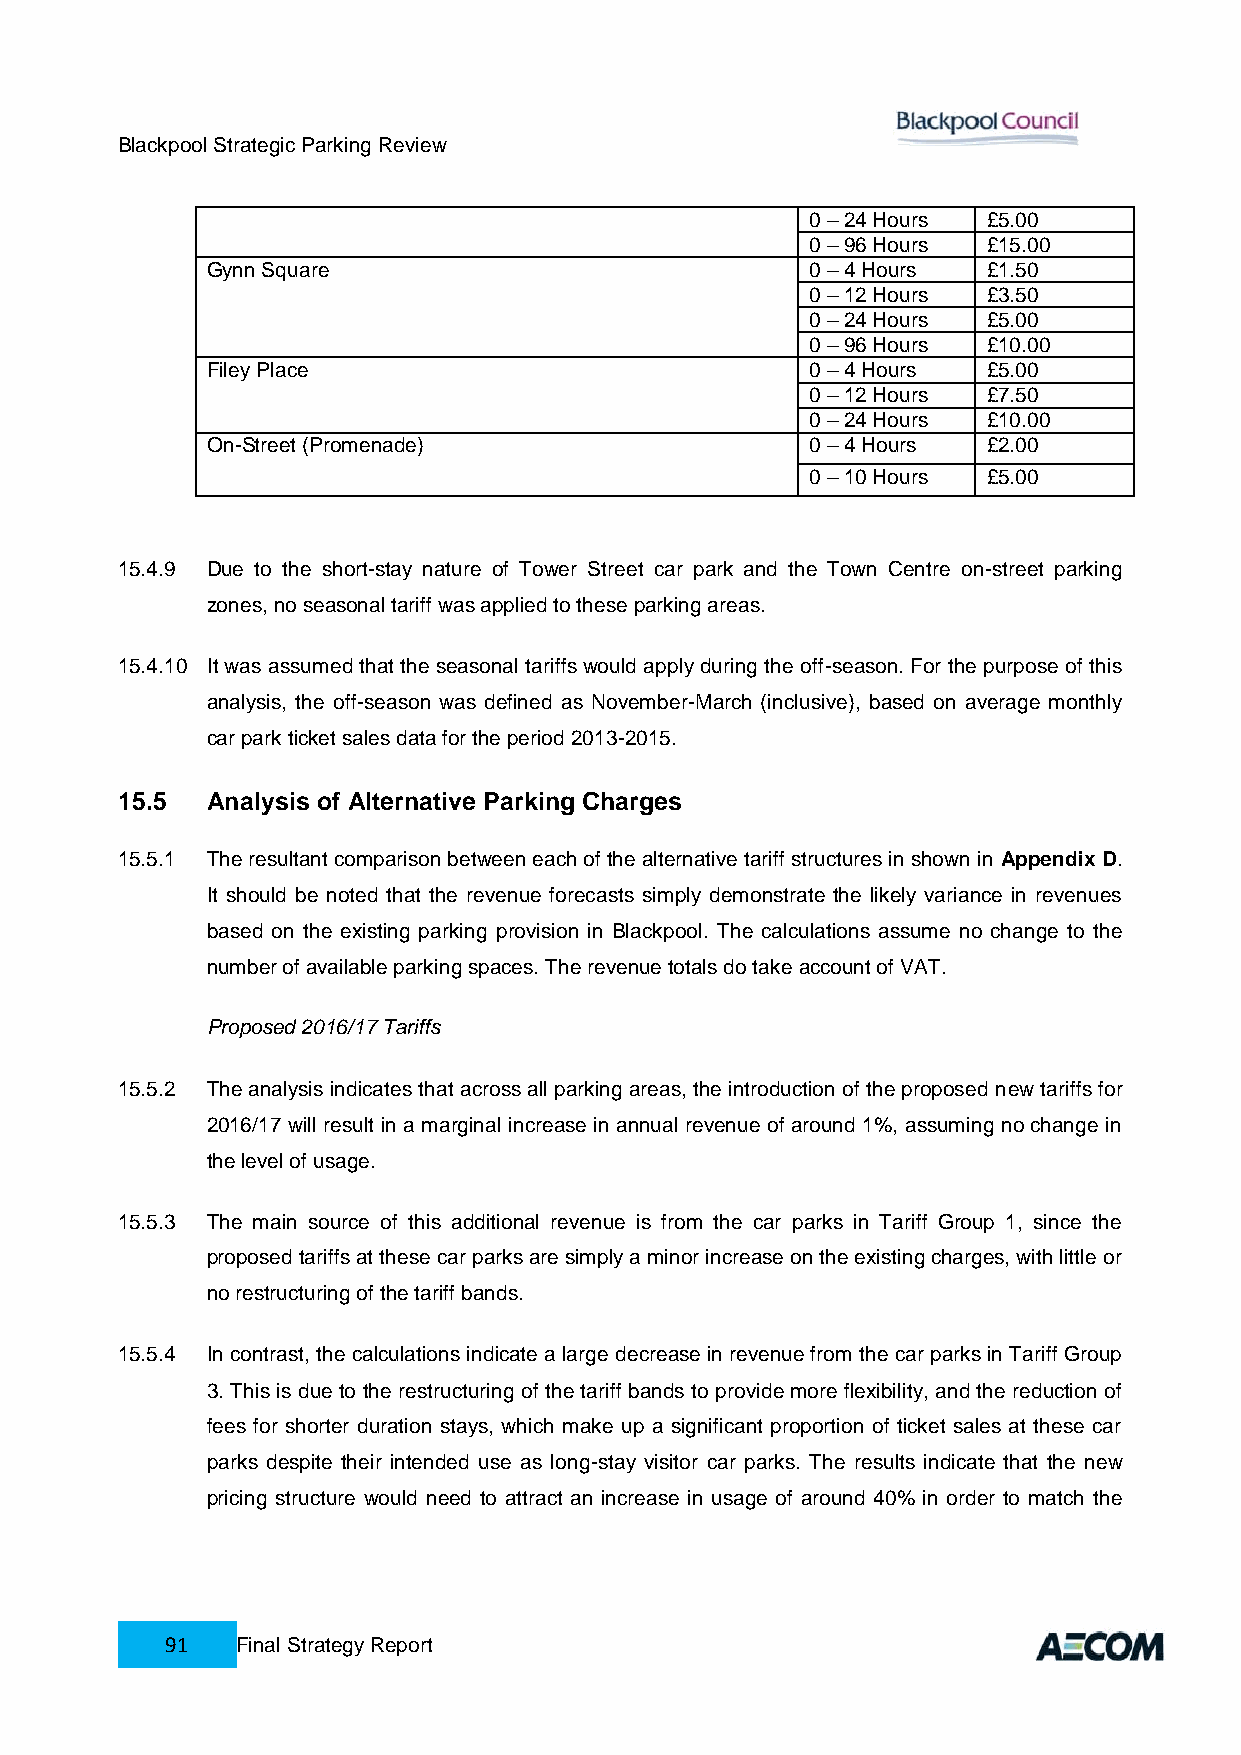
Blackpool Strategic Parking Review
 0 – 24 Hours £5.00
 0 – 96 Hours £15.00
 Gynn Square                             0 – 4 Hours £1.50
 0 – 12 Hours £3.50
 0 – 24 Hours £5.00
 0 – 96 Hours £10.00
 Filey Place                             0 – 4 Hours £5.00
 0 – 12 Hours £7.50
 0 – 24 Hours £10.00
 On-Street (Promenade)                   0 – 4 Hours £2.00
 0 – 10 Hours £5.00
 15.4.9 Due to the short-stay nature of Tower Street car park and the Town Centre on-street parking
 zones, no seasonal tariff was applied to these parking areas.
 15.4.10 It was assumed that the seasonal tariffs would apply during the off-season. For the purpose of this
 analysis, the off-season was defined as November-March (inclusive), based on average monthly
 car park ticket sales data for the period 2013-2015.
 15.5  Analysis of Alternative Parking Charges
 15.5.1 The resultant comparison between each of the alternative tariff structures in shown in Appendix D.
 It should be noted that the revenue forecasts simply demonstrate the likely variance in revenues
 based on the existing parking provision in Blackpool. The calculations assume no change to the
 number of available parking spaces. The revenue totals do take account of VAT.
 Proposed 2016/17 Tariffs
 15.5.2 The analysis indicates that across all parking areas, the introduction of the proposed new tariffs for
 2016/17 will result in a marginal increase in annual revenue of around 1%, assuming no change in
 the level of usage.
 15.5.3 The main source of this additional revenue is from the car parks in Tariff Group 1, since the
 proposed tariffs at these car parks are simply a minor increase on the existing charges, with little or
 no restructuring of the tariff bands.
 15.5.4 In contrast, the calculations indicate a large decrease in revenue from the car parks in Tariff Group
 3. This is due to the restructuring of the tariff bands to provide more flexibility, and the reduction of
 fees for shorter duration stays, which make up a significant proportion of ticket sales at these car
 parks despite their intended use as long-stay visitor car parks. The results indicate that the new
 pricing structure would need to attract an increase in usage of around 40% in order to match the
 91   Final Strategy Report